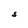
Character: S